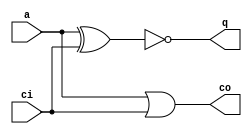
module hs1
(
	output q,
	output co,
	input a,
	input ci
);

// DUPLO.NET (328) - q : en
assign q = ~(a ^ ci);

// DUPLO.NET (329) - co : or2p
assign co = a | ci;
endmodule